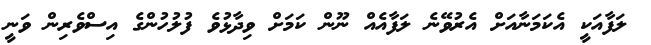
ލަފާއަކީ އެކަމަނާއަށް އެރުވޭނެ ލަފާއެއް ނޫން ކަމަށް ވިދާޅުވެ ފުލުހުންގެ އިސްވެރިން ވަނީ